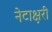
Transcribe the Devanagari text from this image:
नेटाक्षरी